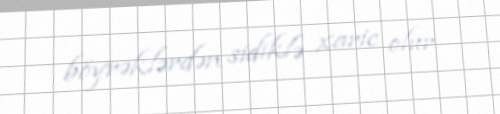
böyrəklərdən sidiklə xaric olur.